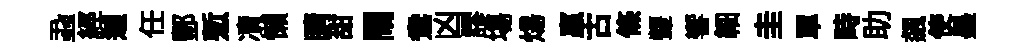
蝨經迦任酆慙凟懶睛甜閙鴦凶謬塲煬贏古條顰響細圭單畤助飆使墨